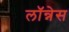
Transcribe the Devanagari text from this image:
लॉन्नेस